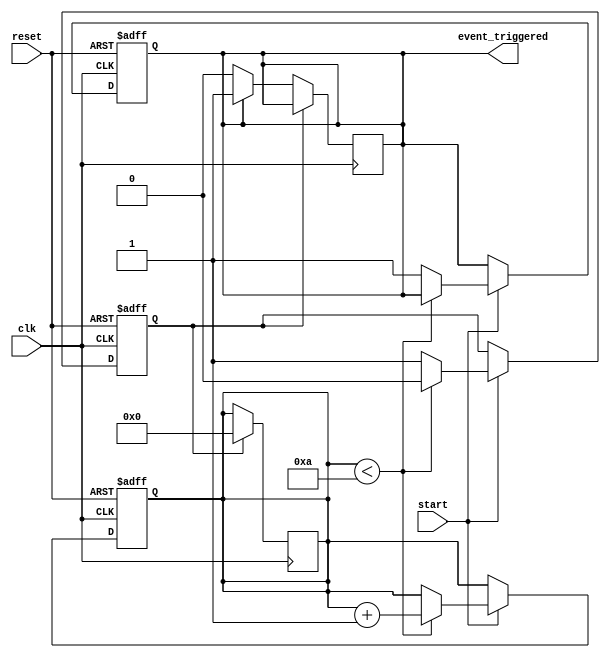
module TimerControlledEvent (
    input wire clk,                // Clock signal
    input wire reset,              // Asynchronous reset
    input wire start,              // Control signal to initiate the timer
    output reg event_triggered      // Signal to indicate when the event has been triggered
);

    // Parameter to define the timer threshold value
    parameter THRESHOLD = 10;      // Example threshold value

    // Internal signals
    reg [3:0] timer_count;         // 4-bit timer counter (can be adjusted based on THRESHOLD)
    reg timer_expired;             // Flag indicating if the timer has expired

    // Asynchronous reset and timer event logic
    always @(posedge clk or posedge reset) begin
        if (reset) begin
            timer_count <= 0;       // Reset the timer count
            event_triggered <= 0;   // Deactivate event triggered signal
            timer_expired <= 0;      // Deactivate timer expired flag
        end else begin
            if (start) begin
                // Increment the timer count when start signal is asserted
                if (timer_count < THRESHOLD) begin
                    timer_count <= timer_count + 1;
                    timer_expired <= 0; // Timer is still counting
                end else begin
                    timer_expired <= 1; // Timer has expired
                    event_triggered <= 1; // Trigger the event
                end
            end
        end
    end

    // Logic to handle the event and timer reset
    always @(posedge clk) begin
        if (timer_expired) begin
            // Reset timer count after event triggered, if desired
            timer_count <= 0;          // Reset timer count for single-shot behavior
            // Uncomment the next line for periodic event triggering
            // event_triggered <= 0;     // Uncomment if you want to reset the event signal
        end else if (event_triggered) begin
            // Keep the event triggered signal high until reset condition
            event_triggered <= 1;  
        end
    end

endmodule